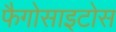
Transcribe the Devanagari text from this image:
फैगोसाइटोस